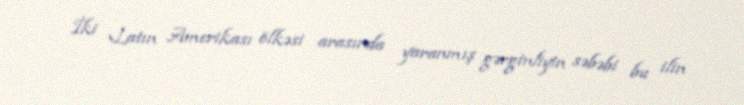
İki Latın Amerikası ölkəsi arasında yaranmış gərginliyin səbəbi bu ilin